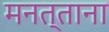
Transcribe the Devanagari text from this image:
मनत्ताना